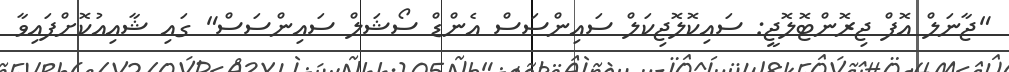
"ޖާނަލް އޮފް ޖިރޮންޓޮލޮޖީ: ސައިކޮލޮޖިކަލް ސައިންސަސް އެންޑް ސޯޝަލް ސައިންސަސް" ގައި ޝާއިއުކޮށްފައިވާ